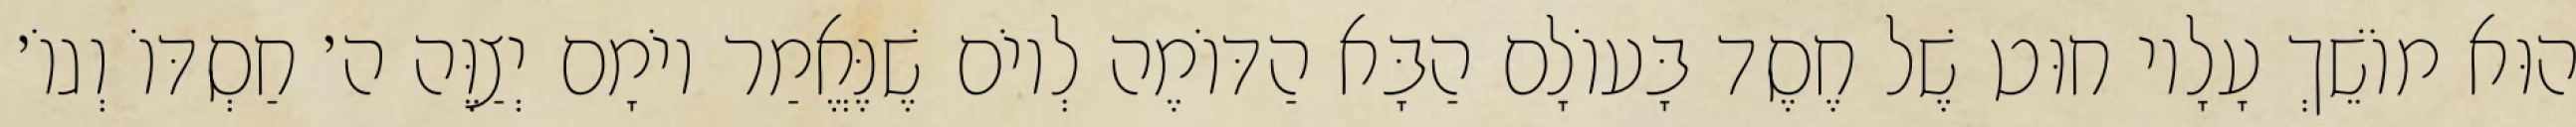
הוּא מוֹשֵׁךְ עָלָיו חוּט שֶׁל חֶסֶד בָּעוֹלָם הַבָּא הַדּוֹמֶה לְיוֹם שֶׁנֶּאֱמַר יוֹמָם יְצַוֶּה ה׳ חַסְדּוֹ וְגוֹ׳